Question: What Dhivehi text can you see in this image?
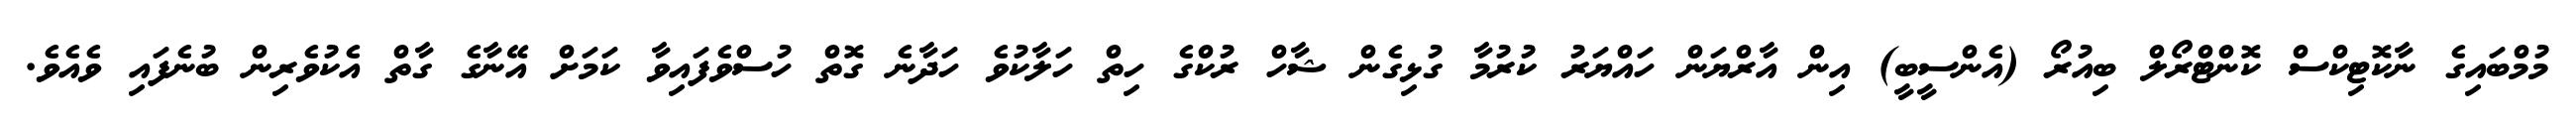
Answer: މުމްބައިގެ ނާކޮޓިކްސް ކޮންޓްރޯލް ބިއުރޯ (އެންސީބީ) އިން އާރްޔަން ހައްޔަރު ކުރުމާ ގުޅިގެން ޝާހް ރުކްގެ ހިތް ހަލާކުވެ ހަދާނެ ގޮތް ހުސްވެފައިވާ ކަމަށް އޭނާގެ ގާތް އެކުވެރިން ބުނެފައި ވެއެވެ.